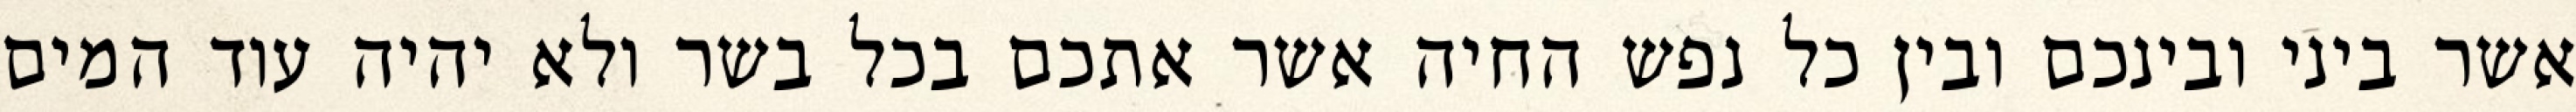
אשר ביני ובינכם ובין כל נפש החיה אשר אתכם בכל בשר ולא יהיה עוד המים